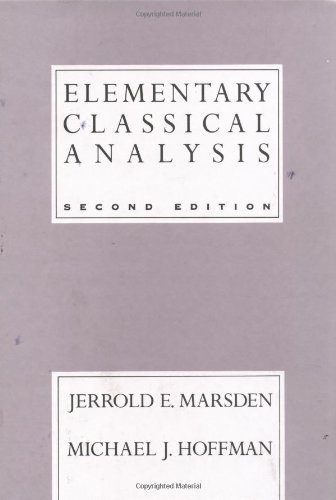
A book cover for Elementary Classical Analysis, 2nd Edition; Jerrold E. Marsden; Science & Math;